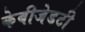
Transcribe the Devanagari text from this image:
केबीजेडटी